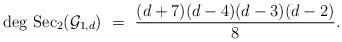
LaTeX: \begin{align*} \deg \,{\rm Sec}_2( \mathcal{G}_{1,d})\,\, =\,\, \frac{(d+7)(d-4)(d-3)(d-2)}{8}.\end{align*}